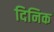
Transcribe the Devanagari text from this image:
दिनिक